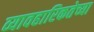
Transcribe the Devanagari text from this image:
व्यावहारिकतेच्या